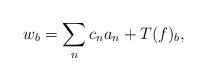
LaTeX: \begin{align*}w_b = \sum_{n} c_n a_n + T(f)_b,\end{align*}